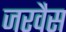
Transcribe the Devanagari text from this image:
जरवैस